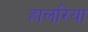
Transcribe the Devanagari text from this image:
हालरिया